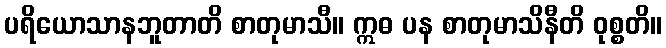
ပရိယောသာနဘူတာတိ စာတုမာသီ။ ဣဓ ပန စာတုမာသိနီတိ ဝုစ္စတိ။